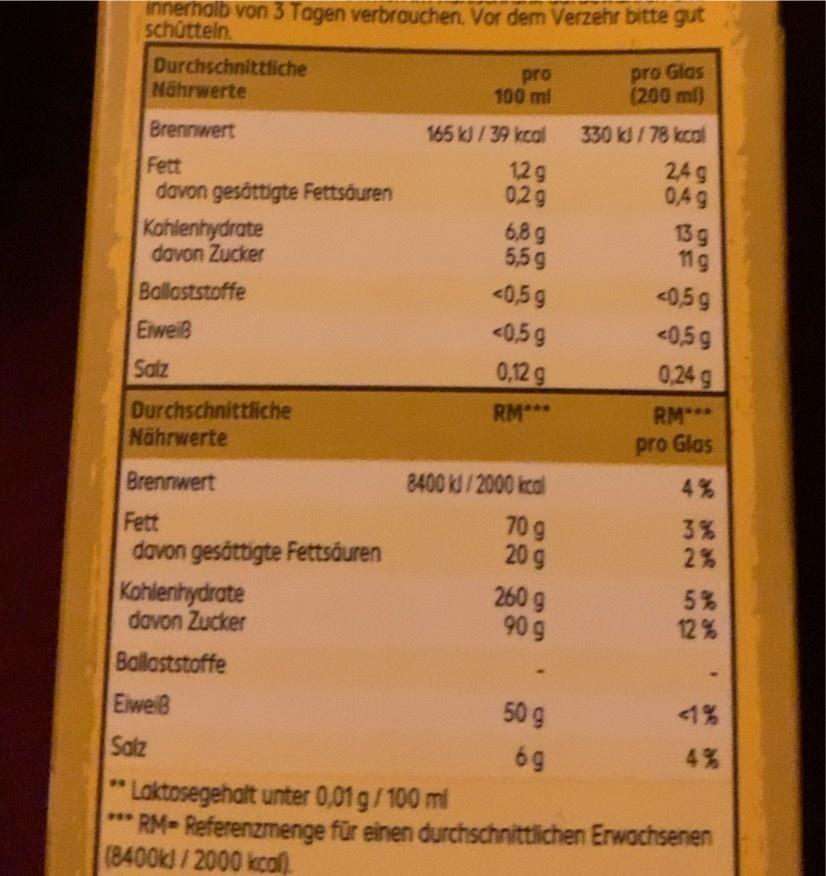
innerholb von 3 Tagen verbrauchen. Vor dem Verzehr bitte gut schûtteln
Durchschnittfiche Nährwerte
pro 100 ml
pro Glas (200 ml)
Brennwert
165 kJ /39 kcal
330 kJ/78 kcal
Fett davon gesättigte Fettsáuren
12g 02g
2,4 g 0,49
Kahlenhydrate davon Zucker
6,89 5,5 g
13 g 11g
Ballaststoffe
<0,5 g
<0,59
Eiweiß
<0,5g
<0,5 g
Satz
0,12 g
0,24 g
RM**
RM***
Durchschnittliche Nährwerte
pro Glas
Brennwert
8400 kJ/2000 kcal
4%
70 g 20 g
Fett
davon gesättigte Fettsáuren
Kohlenhydrate davon Zucker
260 g 90 g
5% 12%
Ballaststoffe
EiweiB
50 g
<1%
Salz
6 9
4%
Laktosegehalt unter 0,01 g/100 ml RM-Referenzmenge für einen durchschnittlichen Erwachsenen (8400KJ/2000 kcal).
..
ae se ae aR ae 3252
ae ae